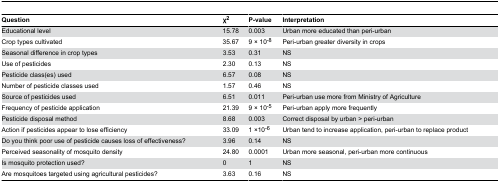
| Question | χ2 | P-value | Interpretation |
 | --- | --- | --- | --- |
 | Educational level | 15.78 | 0.003 | Urban more educated than peri-urban |
 | Crop types cultivated | 35.67 | 9 × 10-8 | Peri-urban greater diversity in crops |
 | Seasonal difference in crop types | 3.53 | 0.31 | NS |
 | Use of pesticides | 2.30 | 0.13 | NS |
 | Pesticide class(es) used | 6.57 | 0.08 | NS |
 | Number of pesticide classes used | 1.57 | 0.46 | NS |
 | Source of pesticides used | 6.51 | 0.011 | Peri-urban use more from Ministry of Agriculture |
 | Frequency of pesticide application | 21.39 | 9 × 10-5 | Peri-urban apply more frequently |
 | Pesticide disposal method | 8.68 | 0.003 | Correct disposal by urban > peri-urban |
 | Action if pesticides appear to lose efficiency | 33.09 | 1 ×10-6 | Urban tend to increase application, peri-urban to replace product |
 | Do you think poor use of pesticide causes loss of effectiveness? | 3.96 | 0.14 | NS |
 | Perceived seasonality of mosquito density | 24.80 | 0.0001 | Urban more seasonal, peri-urban more continuous |
 | Is mosquito protection used? | 0 | 1 | NS |
 | Are mosquitoes targeted using agricultural pesticides? | 3.63 | 0.16 | NS |